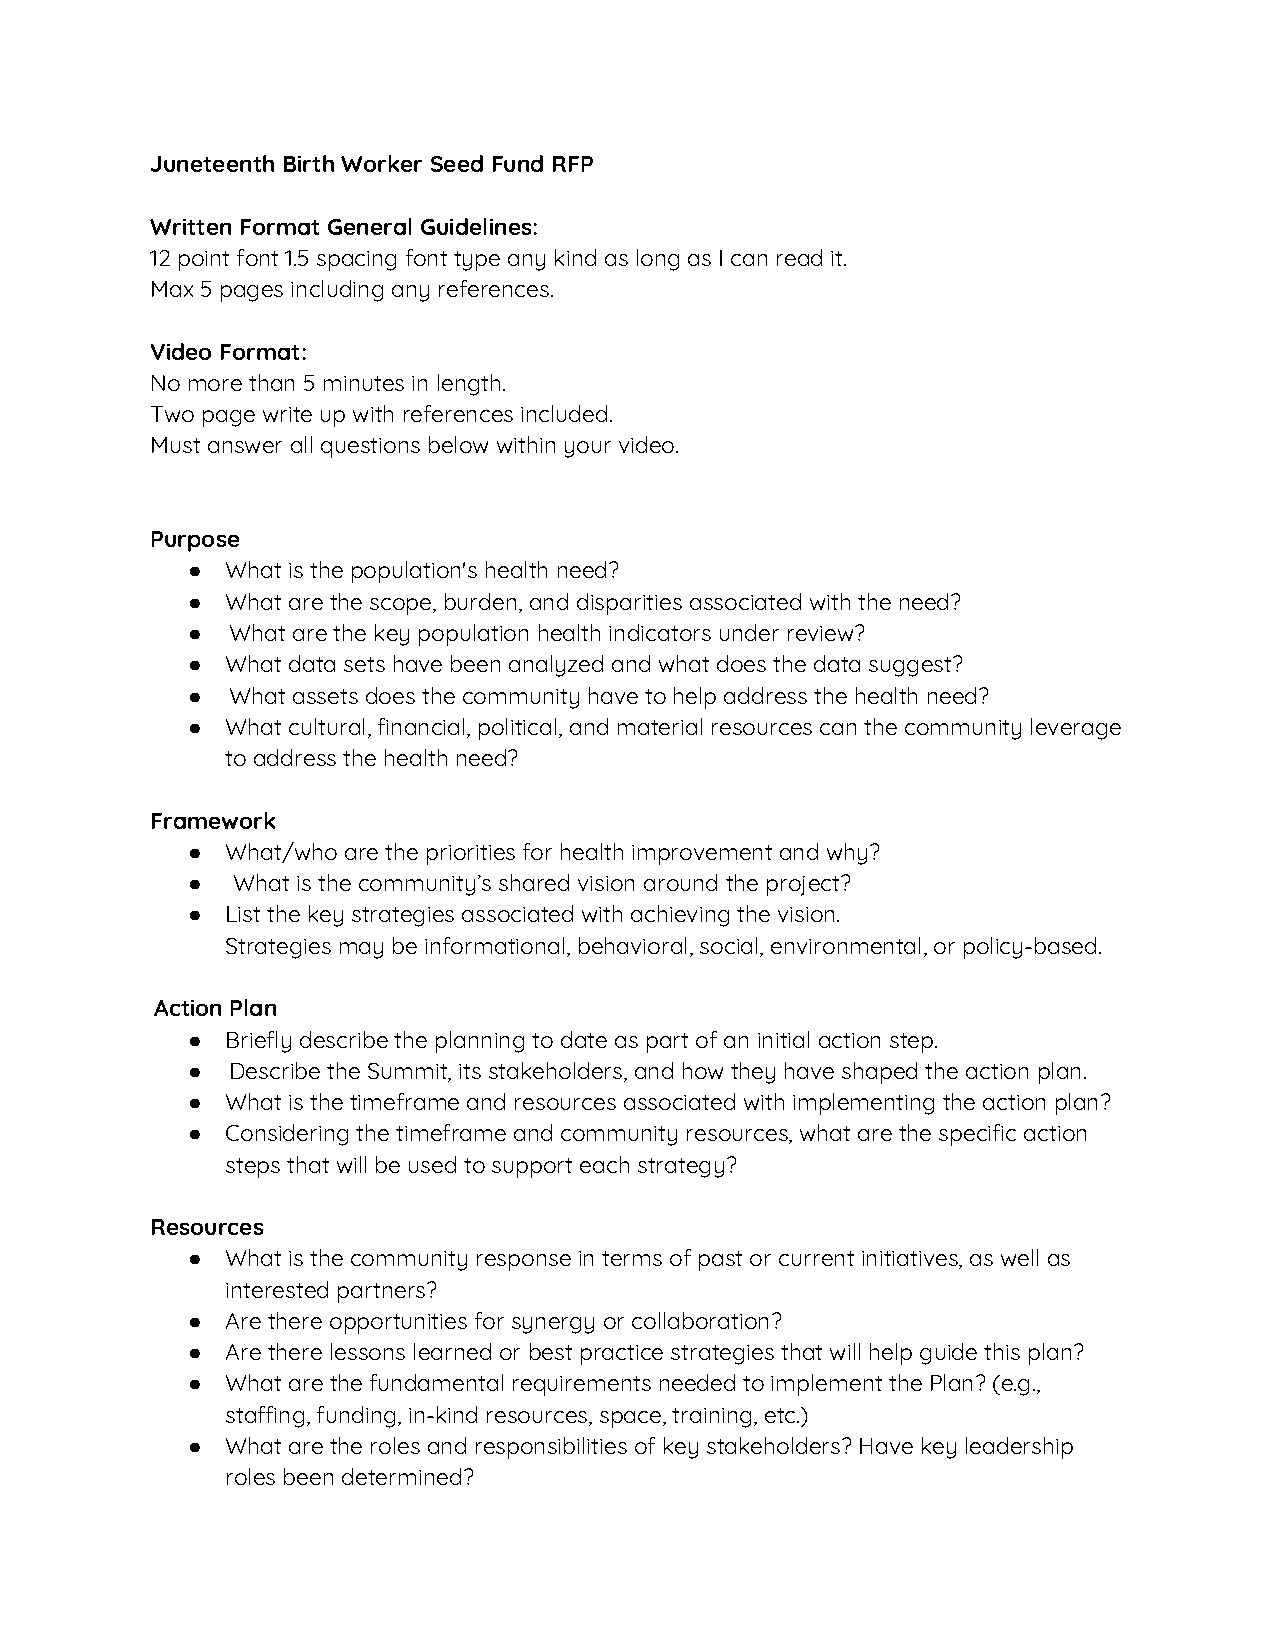
Juneteenth Birth Worker Seed Fund RFP
 Written Format General Guidelines:
 12 point font 1.5 spacing font type any kind as long as I can read it.
 Max 5 pages including any references.
 Video Format:
 No more than 5 minutes in length.
 Two page write up with references included.
 Must answer all questions below within your video.
 Purpose
 ●  What is the population's health need?
 ●  What are the scope, burden, and disparities associated with the need?
 ●  W​ hat are the key population health indicators under review?
 ●  What data sets have been analyzed and what does the data suggest?
 ●  W​ hat assets does the community have to help address the health need?
 ●  What cultural, financial, political, and material resources can the community leverage
 to address the health need?
 Framework
 ●  What/who are the priorities for health improvement and why?
 ●  W​ hat is the community’s shared vision around the project?
 ●  List the key strategies associated with achieving the vision.
 Strategies may be informational, behavioral, social, environmental, or policy-based.
 A​ ction Plan
 ●  Briefly describe the planning to date as part of an initial action step.
 ●  D​ escribe the Summit, its stakeholders, and how they have shaped the action plan.
 ●  What is the timeframe and resources associated with implementing the action plan?
 ●  Considering the timeframe and community resources, what are the specific action
 steps that will be used to support each strategy?
 Resources
 ●  What is the community response in terms of past or current initiatives, as well as
 interested partners?
 ●  Are there opportunities for synergy or collaboration?
 ●  Are there lessons learned or best practice strategies that will help guide this plan?
 ●  What are the fundamental requirements needed to implement the Plan? (e.g.,
 staffing, funding, in-kind resources, space, training, etc.)
 ●  What are the roles and responsibilities of key stakeholders? Have key leadership
 roles been determined?